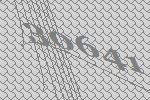
30641